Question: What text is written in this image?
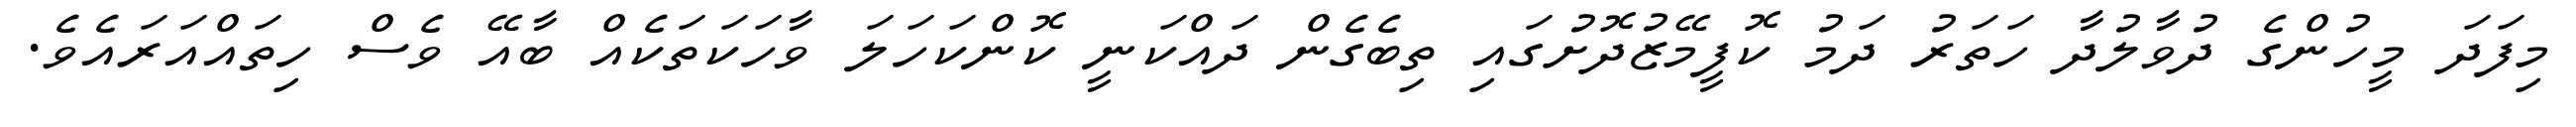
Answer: މިފަދަ މީހުންގެ ދުވާލުދާ ހަތަރު ދަމު ކޮފީމޭޒުދޮށުގައި ތިބެގެން ދައްކަނީ ކޮންކަހަލަ ވާހަކަތަކެއް ބާއޭ ވެސް ހިތައްއަރައެވެ.